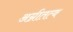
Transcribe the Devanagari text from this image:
अग्नीतत्व